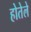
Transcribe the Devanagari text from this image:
होतेले